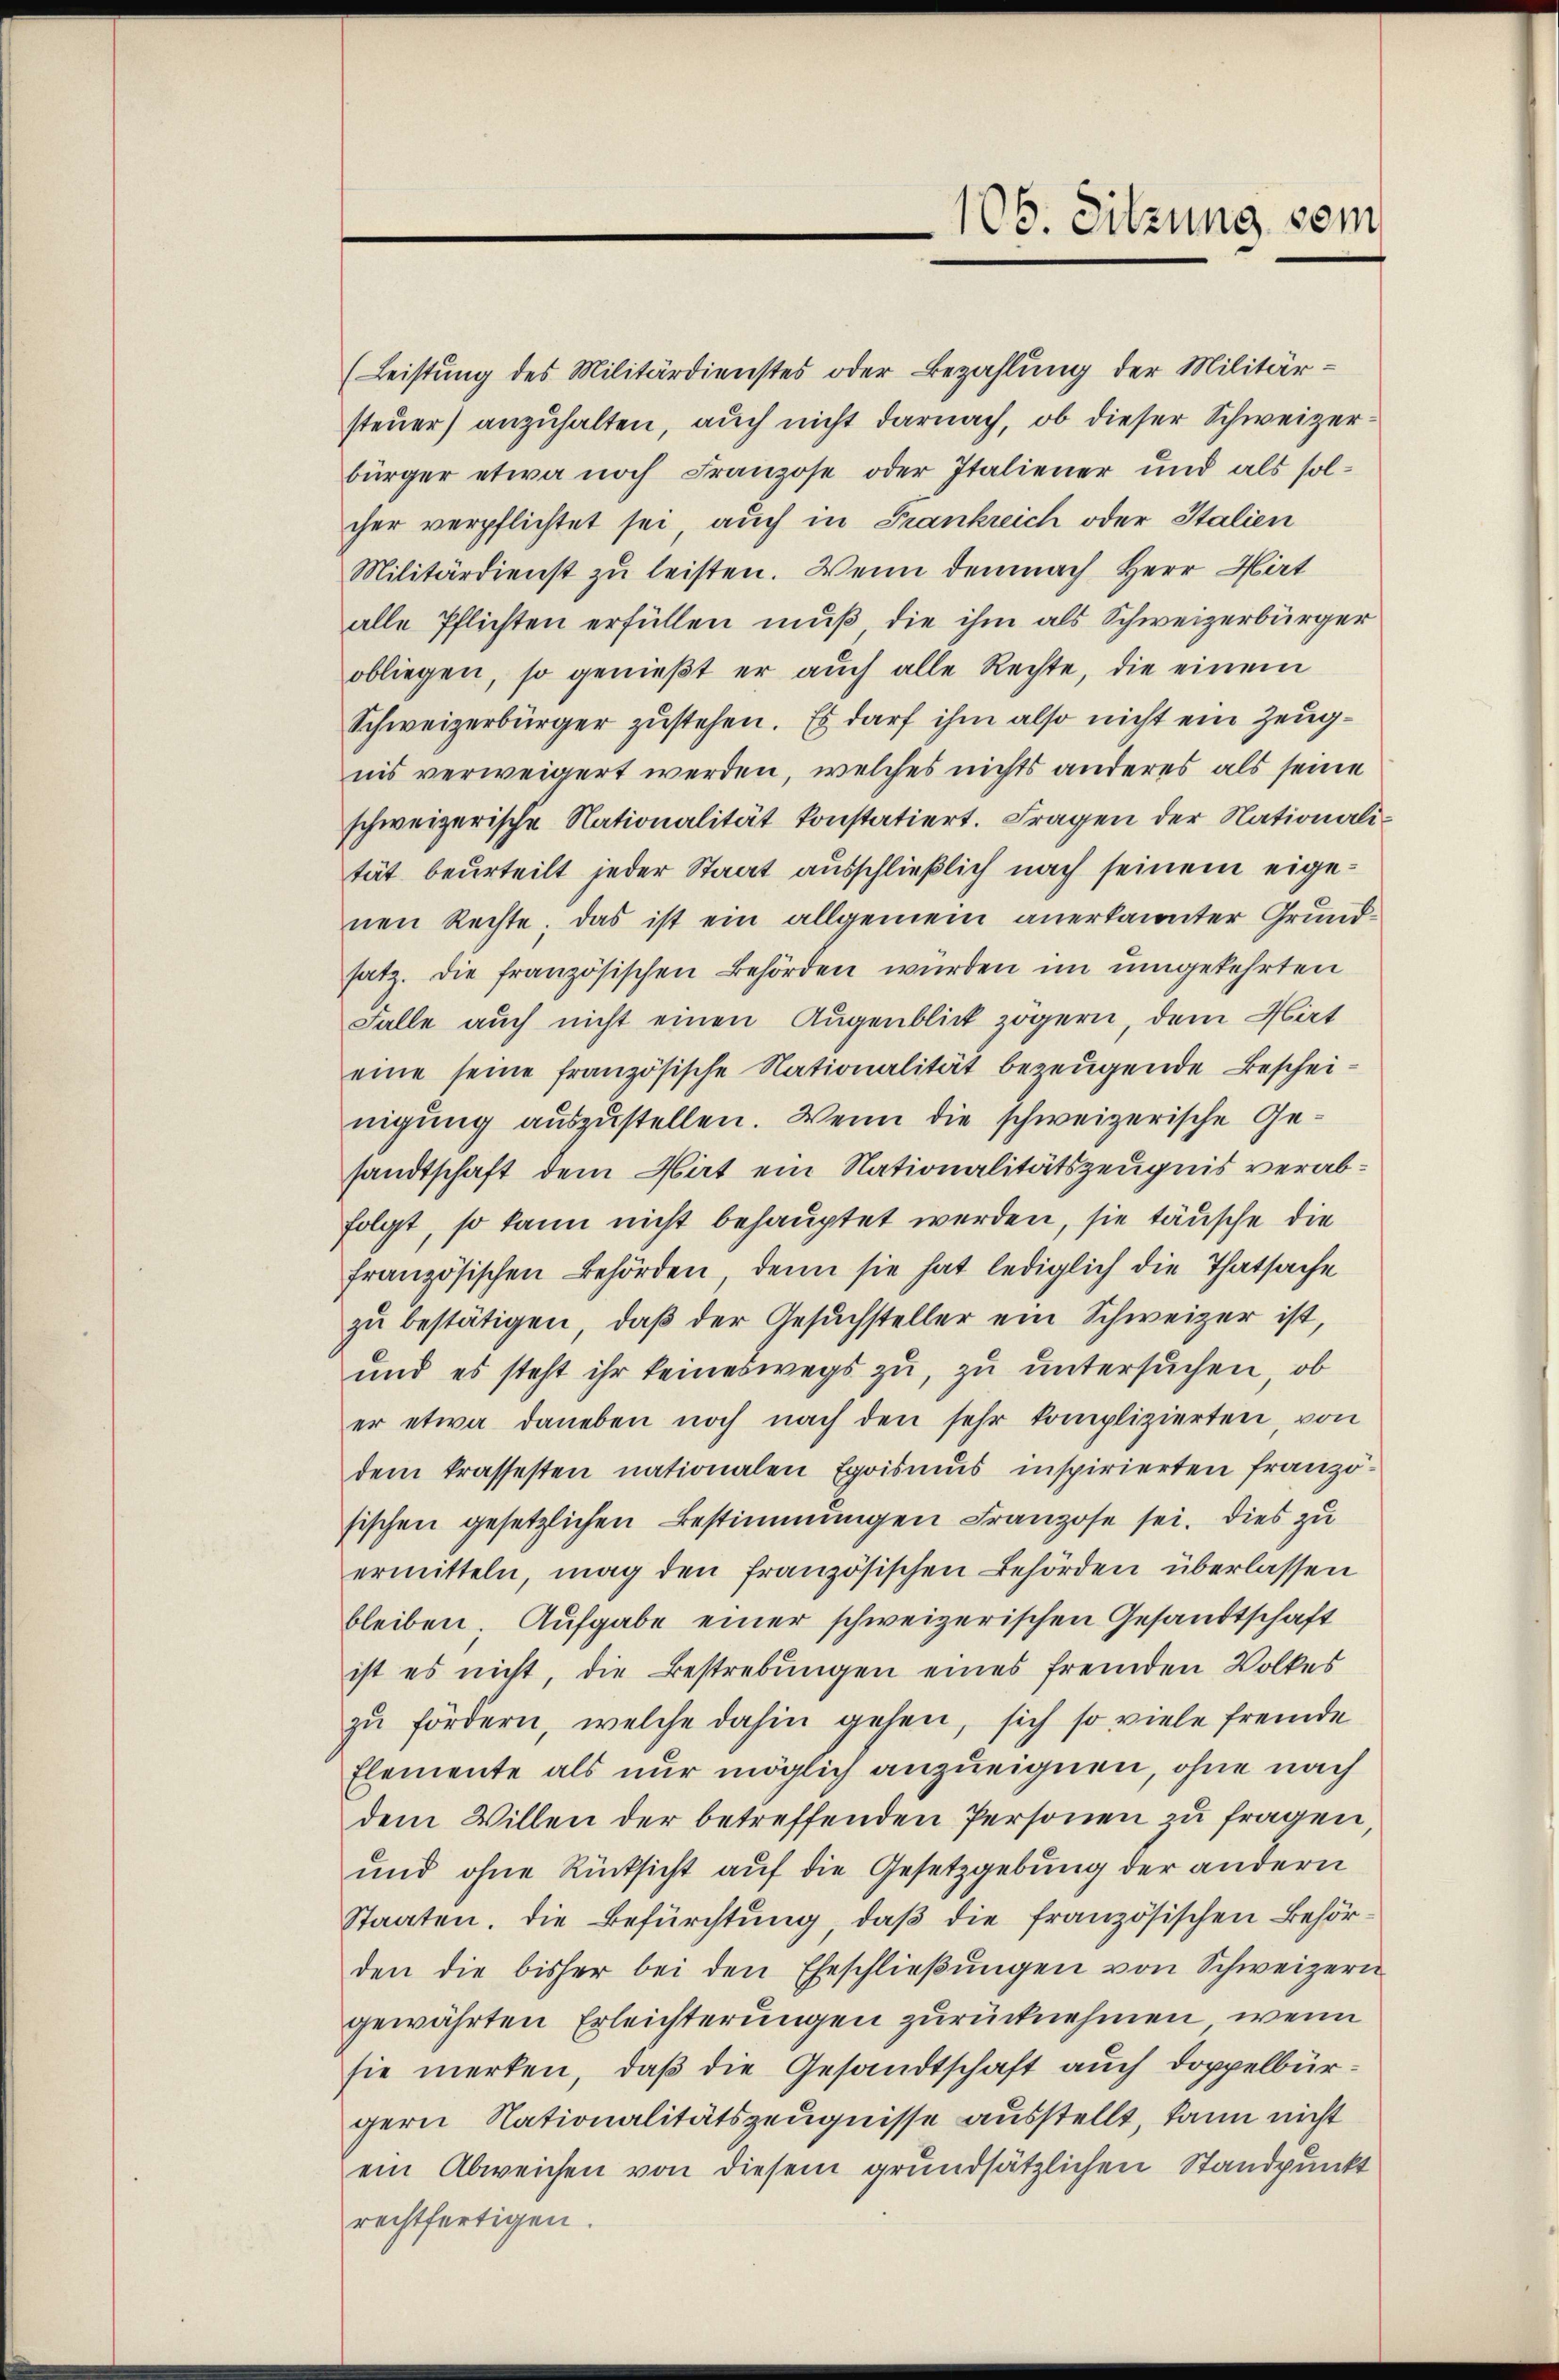
(Leistung des Militärdienstes oder Bezahlung der Militär-
steuer) anzuhalten, auch nicht darnach, ob dieser Schweizerbürger etwa noch Franzose oder Italiener und als sol-
cher verpflichtet sei, auch in Frankreich oder Italien
Militärdienst zu leisten. Wenn demnach Herr Hirt
alle Pflichten erfüllen muß, die ihm als Schweizerbürger
obliegen, so genießt er auch alle Rechte, die einem
Schweizerbürger zustehen. Es darf ihm also nicht ein Zeugnis verweigert werden, welches nichts anderes als seine
schweizerische Nationalität konstatiert. Fragen der Nationalität beurteilt jeder Staat ausschließlich nach seinem eigenen Rechte; das ist ein allgemein anerkannter Grund-
satz. Die französischen Behörden wurden im umgekehrten
Falle auch nicht einen Augenblick zögern, dem Hirt
eine seine französische Nationalität bezeugende Bescheinigung auszustellen. Wenn die schweizerische Gesandtschaft dem Hirt ein Nationalitätszeugnis verabfolgt, so kann nicht behauptet werden, sie täusche die
französischen Behörden, denn sie hat lediglich die Thatsache
zŭ bestätigen, daβ der Gesŭchsteller ein Schweizer ist,
und es steht ihr keineswegs zu, zu untersuchen, ob
er etwa daneben noch nach den sehr komplizierten, von
dem krassesten nationalen Egoismus inspirierten französischen gesetzlichen Bestimmungen Franzose sei. Dies zu
ermitteln, mag den französischen Behörden überlassen
bleiben. Aufgabe einer schweizerischen Gesandtschaft
ist es nicht, die Bestrebungen eines fremden Volkes
zu fördern, welche dahin gehen, sich so viele fremde
Elemente als nur möglich anzueignen, ohne nach
dem Willen der betreffenden Personen zu fragen,
und ohne Rücksicht auf die Gesetzgebung der andern
Staaten. Die Befürchtung, daß die französischen Behörden die bisher bei den Eheschlieβŭngen von Schweizern
gewährten Erleichterungen zurücknehmen, wenn
sie merken, daß die Gesandtschaft auch Doppelburgern Nationalitätszeugnisse ausstellt, kann nicht
ein Abweichen von diesem grundsätzlichen Standpunkt
rechtfertigen.

105. Sitzung sei